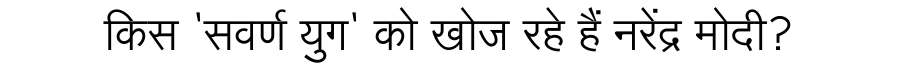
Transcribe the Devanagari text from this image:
किस 'सवर्ण युग' को खोज रहे हैं नरेंद्र मोदी?